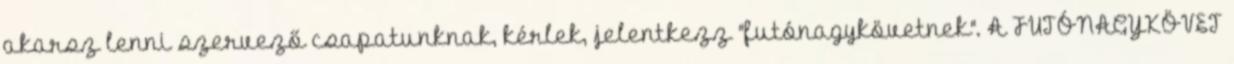
akarsz lenni szervező csapatunknak, kérlek, jelentkezz "futónagykövetnek". A FUTÓNAGYKÖVET